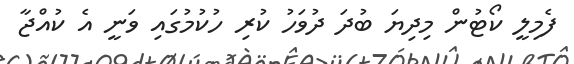
ފެމިލީ ކޯޓުން މިދިޔަ ބުދަ ދުވަހު ކުރި ހުކުމުގައި ވަނީ އެ ކުއްޖާ